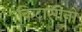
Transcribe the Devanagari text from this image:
किटासोनो